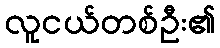
လူငယ်တစ်ဦး၏